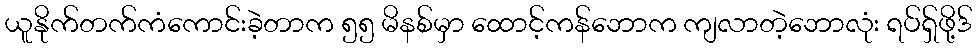
ယူနိုက်တက်ကံကောင်းခဲ့တာက ၅၅ မိနစ်မှာ ထောင့်ကန်ဘောက ကျလာတဲ့ဘောလုံး ရပ်ရှ်ဖို့ဒ်